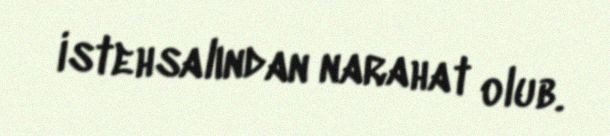
istehsalından narahat olub.